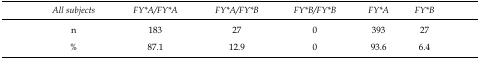
<table><thead><tr><td><b><i>All subjects</i></b></td><td><b><i><i>FY*A/FY*A</i></i></b></td><td><b><i><i>FY*A/FY*B</i></i></b></td><td><b><i><i>FY*B/FY*B</i></i></b></td><td><b><i><i>FY*A</i></i></b></td><td><b><i><i>FY*B</i></i></b></td></tr></thead><tbody><tr><td>n</td><td>183</td><td>27</td><td>0</td><td>393</td><td>27</td></tr><tr><td>%</td><td>87.1</td><td>12.9</td><td>0</td><td>93.6</td><td>6.4</td></tr></tbody></table>